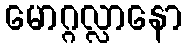
မောဂ္ဂလ္လာနော